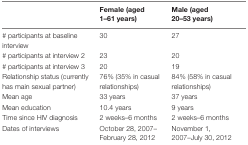
<table><thead><tr><td></td><td><b>Female (aged 1–61 years)</b></td><td><b>Male (aged 20–53 years)</b></td></tr></thead><tbody><tr><td># participants at baseline interview</td><td>30</td><td>27</td></tr><tr><td># participants at interview 2</td><td>23</td><td>20</td></tr><tr><td># participants at interview 3</td><td>20</td><td>19</td></tr><tr><td>Relationship status (currently has main sexual partner)</td><td>76% (35% in casual relationships)</td><td>84% (58% in casual relationships)</td></tr><tr><td>Mean age</td><td>33 years</td><td>37 years</td></tr><tr><td>Mean education</td><td>10.4 years</td><td>9 years</td></tr><tr><td>Time since HIV diagnosis</td><td>2 weeks–6 months</td><td>2 weeks–6 months</td></tr><tr><td>Dates of interviews</td><td>October 28, 2007–February 28, 2012</td><td>November 1, 2007–July 30, 2012</td></tr></tbody></table>